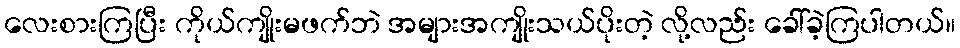
လေးစားကြပြီး ကိုယ်ကျိုးမဖက်ဘဲ အများအကျိုးသယ်ပိုးတဲ့ လို့လည်း ခေါ်ခဲ့ကြပါတယ်။